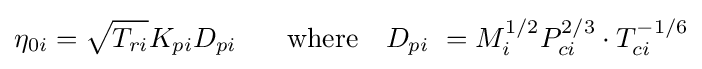
\eta _{0i}={\sqrt {T_{ri}}}K_{pi}D_{pi}\ \ \,\quad {\text{where}}\quad D_{pi}\ =M_{i}^{1/2}P_{ci}^{2/3}\cdot T_{ci}^{-1/6}